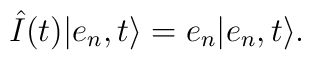
\hat{I} (t) \vert e_n, t \rangle = e_n \vert e_n, t \rangle.